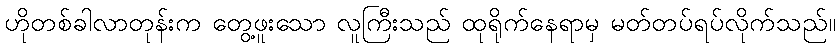
ဟိုတစ်ခါလာတုန်းက တွေ့ဖူးသော လူကြီးသည် ထုရိုက်နေရာမှ မတ်တပ်ရပ်လိုက်သည်။